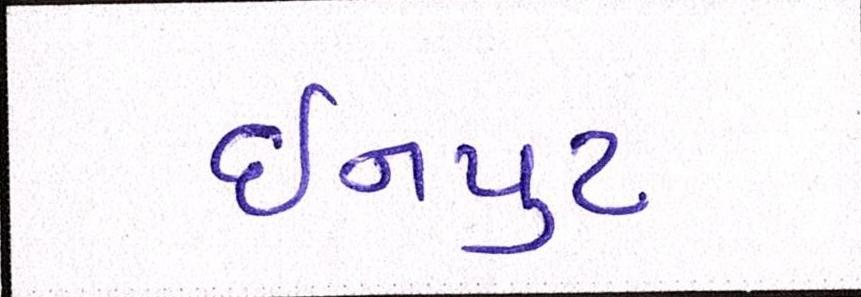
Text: ઇનપુટ